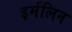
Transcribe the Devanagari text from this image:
इर्मलिन